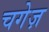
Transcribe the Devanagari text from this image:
चगेज़